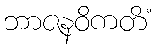
ဘာဇနဝိကတိံ